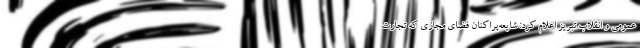
عمومی و انقلاب تبریز اعلام کرد: شایعه‌پراکنان فضای مجازی که تجارت